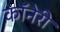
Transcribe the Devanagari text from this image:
कॉनेरी